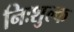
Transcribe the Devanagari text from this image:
निःशुल्‍क